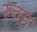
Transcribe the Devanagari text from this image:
रूक्म